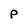
Character: P